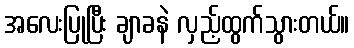
အလေးပြုပြီး ချာခနဲ လှည့်ထွက်သွားတယ်။